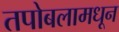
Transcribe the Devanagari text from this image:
तपोबलामधून